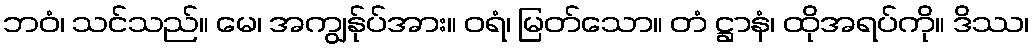
ဘဝံ၊ သင်သည်။ မေ၊ အကျွန်ုပ်အား။ ဝရံ၊ မြတ်သော။ တံ ဋ္ဌာနံ၊ ထိုအရပ်ကို။ ဒိဿ၊